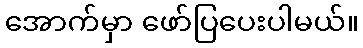
အောက်မှာ ဖော်ပြပေးပါမယ်။